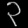
Digit: ၃